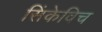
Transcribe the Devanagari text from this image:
सिंकेविच